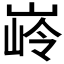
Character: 𮱭